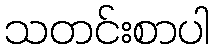
သတင်းစာပါ